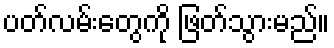
ပတ်လမ်းတွေကို ဖြတ်သွားမည်။